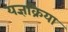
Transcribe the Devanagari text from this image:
यज्ञक्रिया